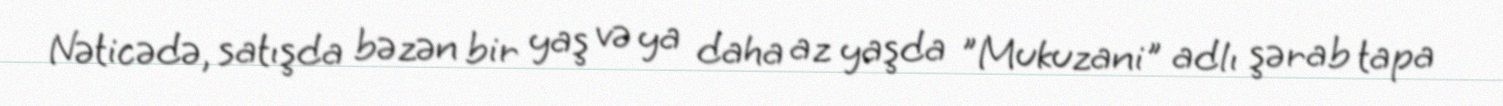
Nəticədə, satışda bəzən bir yaş və ya daha az yaşda "Mukuzani" adlı şərab tapa